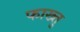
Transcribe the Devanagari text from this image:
फाख्तु